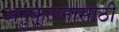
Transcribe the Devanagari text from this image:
अनुकूलनासाठी